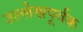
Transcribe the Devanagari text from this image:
उल्लेखपूर्वक